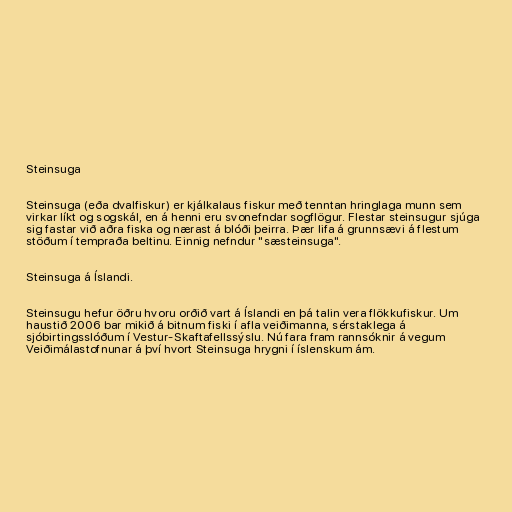
Steinsuga

Steinsuga (eða dvalfiskur) er kjálkalaus fiskur með tenntan hringlaga munn sem
virkar líkt og sogskál, en á henni eru svonefndar sogflögur. Flestar steinsugur sjúga
sig fastar við aðra fiska og nærast á blóði þeirra. Þær lifa á grunnsævi á flestum
stöðum í tempraða beltinu. Einnig nefndur "sæsteinsuga".

Steinsuga á Íslandi.

Steinsugu hefur öðru hvoru orðið vart á Íslandi en þá talin vera flökkufiskur. Um
haustið 2006 bar mikið á bitnum fiski í afla veiðimanna, sérstaklega á
sjóbirtingsslóðum í Vestur-Skaftafellssýslu. Nú fara fram rannsóknir á vegum
Veiðimálastofnunar á því hvort Steinsuga hrygni í íslenskum ám.